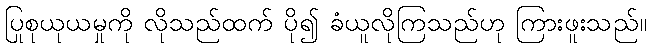
ပြုစုယုယမှုကို လိုသည်ထက် ပို၍ ခံယူလိုကြသည်ဟု ကြားဖူးသည်။